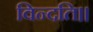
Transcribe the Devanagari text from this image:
विन्दति॥